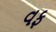
વફ